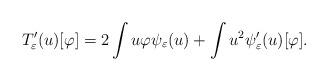
LaTeX: \begin{align*}T_{\varepsilon}'(u)[\varphi]=2\int u\varphi\psi_{\varepsilon}(u)+\int u^{2}\psi_{\varepsilon}'(u)[\varphi].\end{align*}